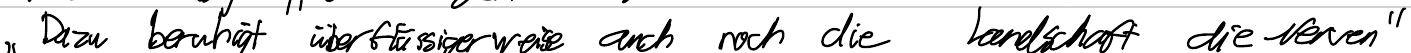
"Dazu beruhigt überflüssigerweise auch noch die Landschaft die Nerven"